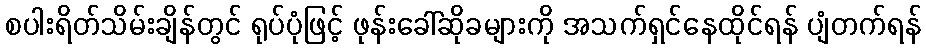
စပါးရိတ်သိမ်းချိန်တွင် ရုပ်ပုံဖြင့် ဖုန်းခေါ်ဆိုခများကို အသက်ရှင်နေထိုင်ရန် ပျံတက်ရန်